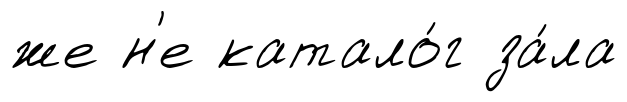
же н'е катало́г за́ла